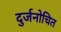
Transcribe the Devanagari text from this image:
दुर्जनोचित